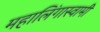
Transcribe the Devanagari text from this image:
महालिंगास्वामी